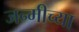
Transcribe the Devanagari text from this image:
जन्मीच्या